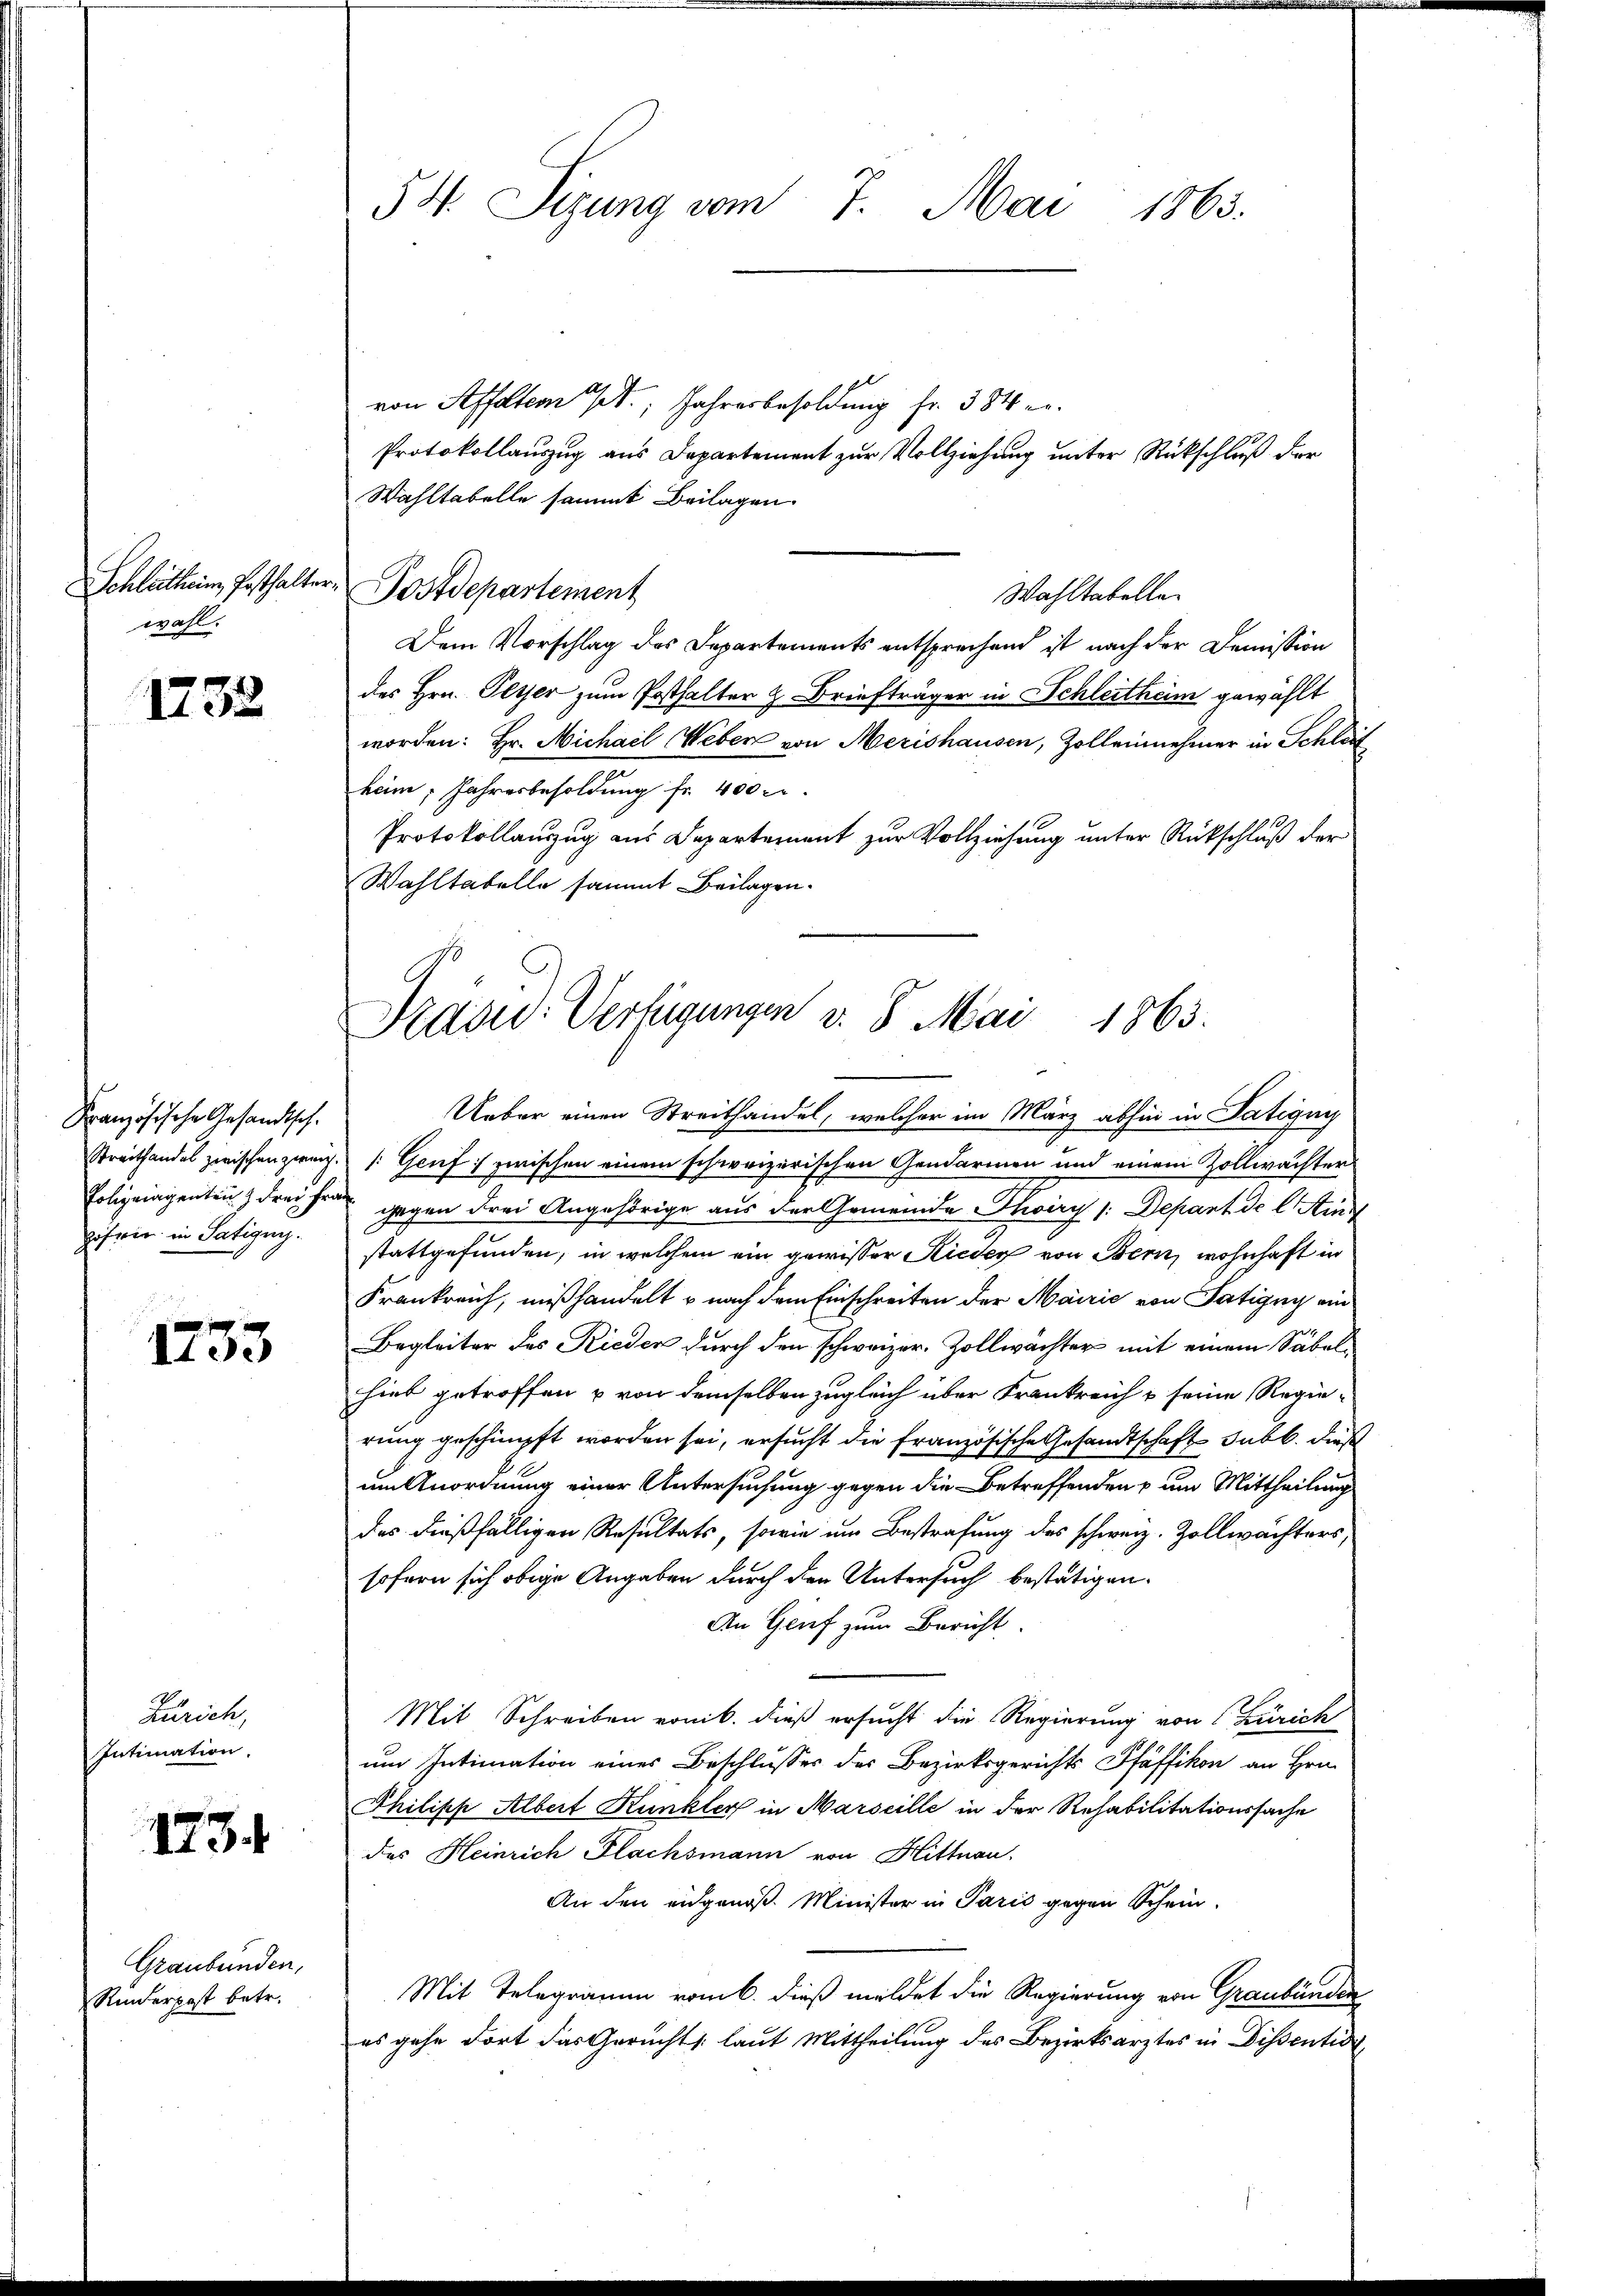
wahl.

1232

Französische Gesandtsch.
Polizeiaigentenz drei Fr.
pitrer in Tätigung.

403

Zürich,
Intimation.

1734

Graubünden,
Riderpost betr.

54. Sizung vom 7. Mai 1863.

Schleitheim, Pesthalter Postdepartement

von Affoltern d. Jahresbesoldung fr. 384 er¬
Protokollauszug aus Departement zur Vollziehung unter Rückschluß der
Wahltabelle sammt Beilagen
Wahltabelle
Dem Vorschlag des Departements entsprechend ist nach der Demission
des Hrn. Peyer zum Posthalter z. Briefträger in Schleitheim gewählt
worden: Hr. Michael Weber von Merishausen, Zolleinehmer in Schlaf
heim, Jahresbesoldung fr. 400 c.
Protokollauszug aus Departement zur Vollziehung unter Rückschluß der
Wahltabelle sammt Beilagen.

Präsid. Verfügungen v. 5. Mai 1863.

Ueber einen Streithandel, welcher im März abhin in Tätigun
Streithandel zwischen zwei. (: Genf zwischen einem schweizerischen Gendarmen und einem Zollwächter
gegen drei Angehörige aus der Gemeinde Thoiry /: Depant de l Ains
stattgefunden, in welchem ein gewisser Rieder von Bern, wohnhaft in
Frankreich, mißhandelt u nach dem Einschreiten der Mairić von Satigny ein
Begleiter des Rieder durch den schweizer. Zollwächter mit einem Säbelhiet getroffen & von demselben zugleich über Frankreich & seine Regierung geschimpft worden sei, ersucht die französische Gesandtschaft sub. Diese
um Anordnung einer Untersuchung gegen die Betreffenden & um Mittheilung
das dießfälligen Resultats, sowie um Bestrafung des schweiz. Zollwächters,
sofern sich obige Angaben durch den Untersuch bestätigen.
An Genf zum Bericht
Mit Schreiben von 6. dieß ersucht die Regierung von Zürich
um Intimation einer Beschlusses des Bezirksgerichts Pfäffikon an Hrn.
Philipp Albert Kunkler in Marseille in der Rehabilitationssache
des Heinrich Flachsmann von Hittnau,
An den eidgenoß. Minister in Paris gegen Schein-
Mit Telegramm vom 6. dieß meldet die Regierung von Graubünden
es gehe dort das Gerichts laut Mittheilung des Bezirksarztes in Dissentia